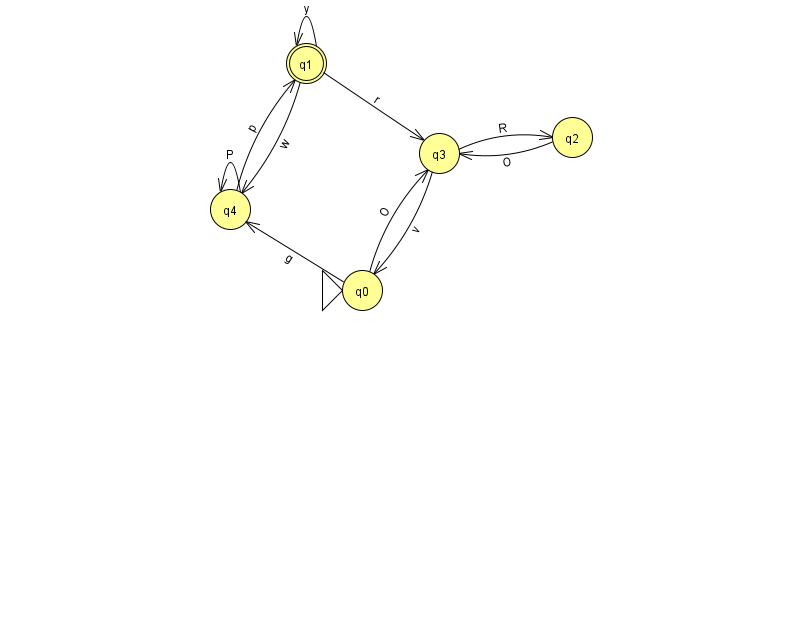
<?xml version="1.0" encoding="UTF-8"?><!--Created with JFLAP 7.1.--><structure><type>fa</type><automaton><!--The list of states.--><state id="0" name="q0"><x>362.0</x><y>277.0</y><initial/></state><state id="1" name="q1"><x>306.0</x><y>50.0</y><final/></state><state id="2" name="q2"><x>572.0</x><y>124.0</y></state><state id="3" name="q3"><x>439.0</x><y>140.0</y></state><state id="4" name="q4"><x>230.0</x><y>196.0</y></state><!--The list of transitions.--><transition><from>4</from><to>4</to><read>P</read></transition><transition><from>1</from><to>3</to><read>r</read></transition><transition><from>2</from><to>3</to><read>O</read></transition><transition><from>3</from><to>0</to><read>v</read></transition><transition><from>1</from><to>1</to><read>y</read></transition><transition><from>1</from><to>4</to><read>w</read></transition><transition><from>3</from><to>2</to><read>R</read></transition><transition><from>4</from><to>1</to><read>p</read></transition><transition><from>0</from><to>3</to><read>O</read></transition><transition><from>0</from><to>4</to><read>g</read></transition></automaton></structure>